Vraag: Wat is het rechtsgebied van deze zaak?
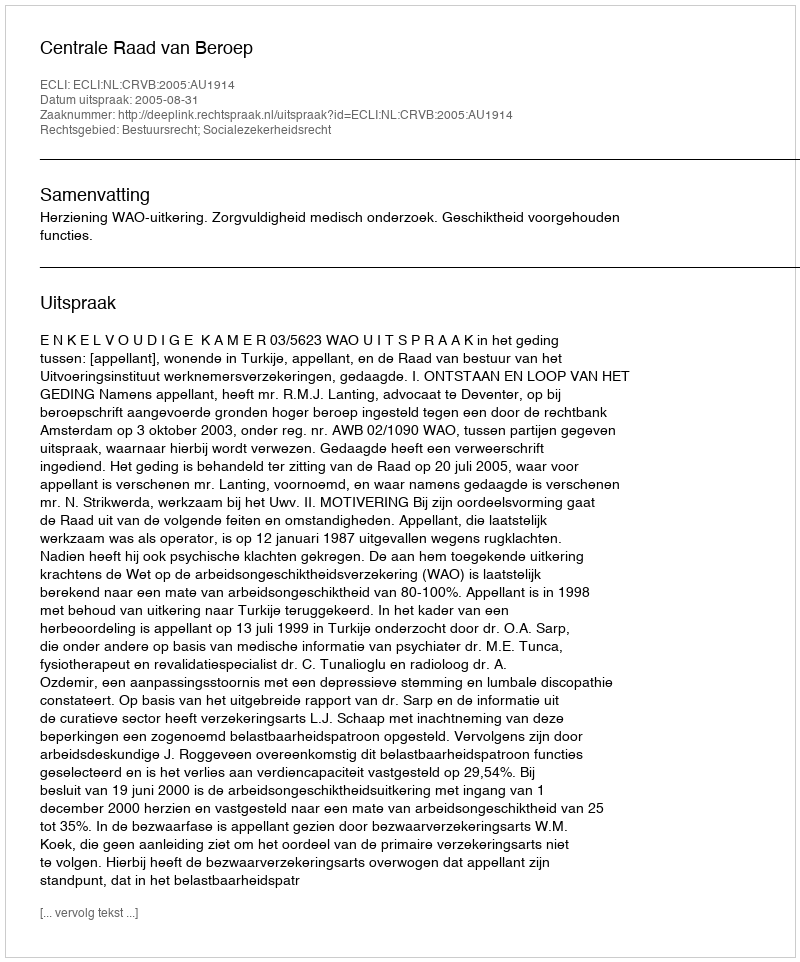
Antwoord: Bestuursrecht; Socialezekerheidsrecht